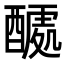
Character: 𮠽